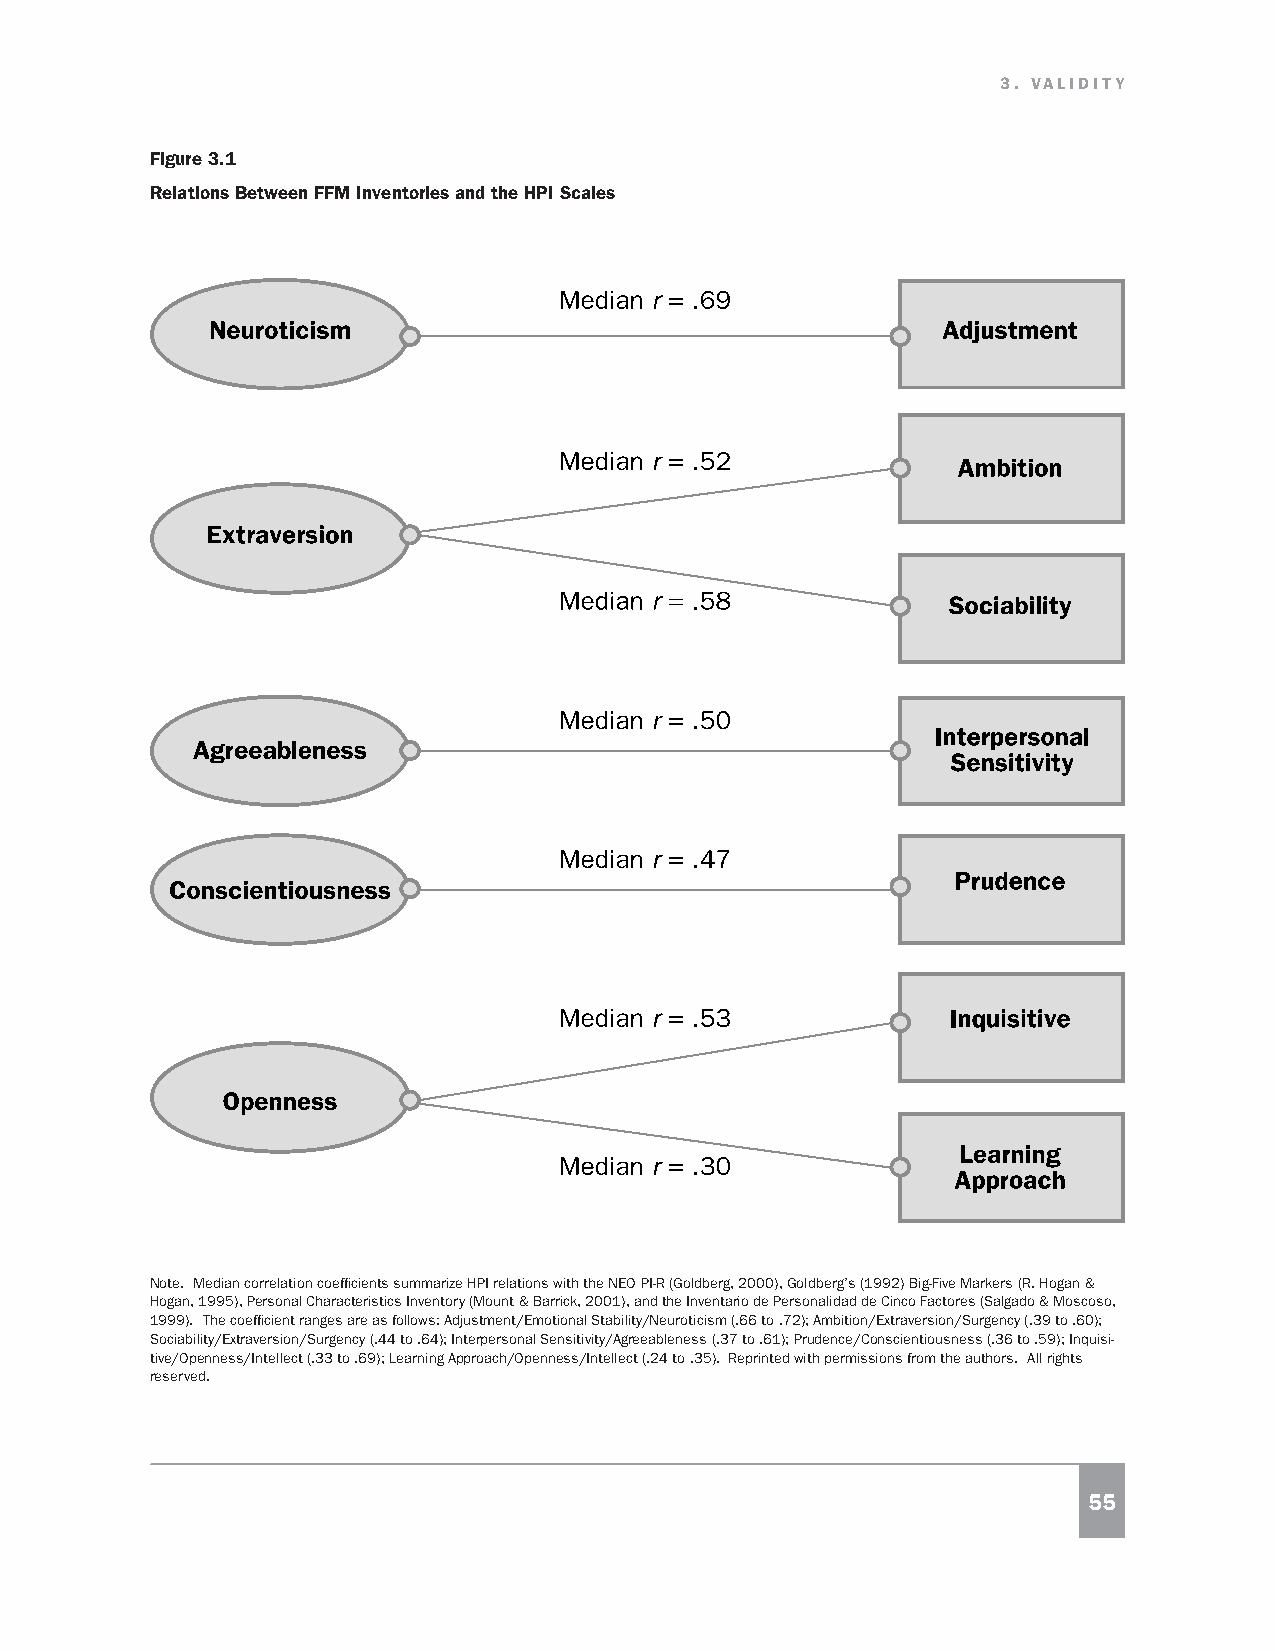
3. VALIDITY
 Figure 3.1
 Relations Between FFM Inventories and the HPI Scales
 Note. Median correlation coefficients summarize HPI relations with the NEO PI-R (Goldberg, 2000), Goldberg’s (1992) Big-Five Markers (R. Hogan &
 Hogan, 1995), Personal Characteristics Inventory (Mount & Barrick, 2001), and the Inventario de Personalidad de Cinco Factores (Salgado & Moscoso,
 1999). The coefficient ranges are as follows: Adjustment/Emotional Stability/Neuroticism (.66 to .72); Ambition/Extraversion/Surgency (.39 to .60);
 Sociability/Extraversion/Surgency (.44 to .64); Interpersonal Sensitivity/Agreeableness (.37 to .61); Prudence/Conscientiousness (.36 to .59); Inquisi-
 tive/Openness/Intellect (.33 to .69); Learning Approach/Openness/Intellect (.24 to .35). Reprinted with permissions from the authors. All rights
 reserved.
 55